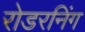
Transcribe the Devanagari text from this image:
रोडरनिंग